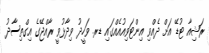
ރަޝިއާ ޓުޑޭ އަށް ދެއްވި އިންޓަވިއުއެއްގައި ޑރ. ވަހީދު ވިދާޅުވީ ރާއްޖޭގެ އިގްތިސާދު